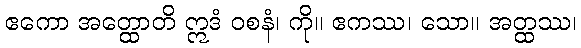
ဧကော အတ္ထောတိ ဣဒံ ဝစနံ၊ ကို။ ဧကဿ၊ သော။ အတ္ထဿ၊